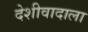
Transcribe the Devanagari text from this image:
देशीवादाला